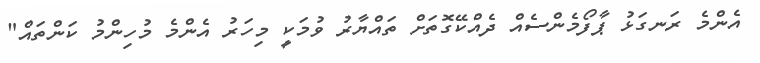
އެންމެ ރަނގަޅު ޕާފޯމެންސެއް ދެއްކޭގޮތަށް ތައްޔާރު ވުމަކީ މިހަރު އެންމެ މުހިންމު ކަންތައް"